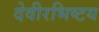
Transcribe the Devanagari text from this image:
देवीरभिष्टय